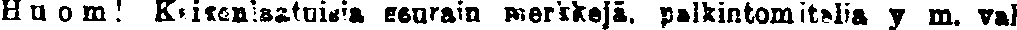
Huom! Kaikenlaisia seurain merkkejä, palkintomitalia y m. val